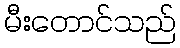
မီးတောင်သည်